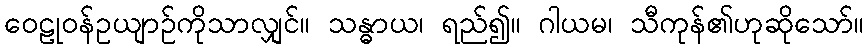
ဝေဠုဝန်ဥယျာဉ်ကိုသာလျှင်။ သန္ဓာယ၊ ရည်၍။ ဂါယမ၊ သီကုန်၏ဟုဆိုသော်။